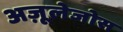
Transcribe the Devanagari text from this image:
अज़ूलेजोस